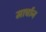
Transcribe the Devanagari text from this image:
मार्चान